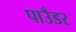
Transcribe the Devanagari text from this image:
पाउँडर